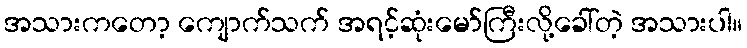
အသားကတော့ ကျောက်သက် အရင့်ဆုံးမော်ကြီးလို့ခေါ်တဲ့ အသားပါ။